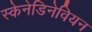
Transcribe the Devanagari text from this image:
स्केनेडिनेवियन